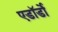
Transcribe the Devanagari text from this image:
एडॉर्डो